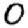
Digit: 0